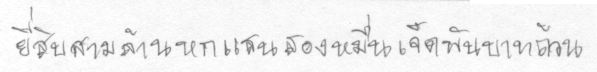
ยี่สิบสามล้านหกแสนสองหมื่นเจ็ดพันบาทถ้วน